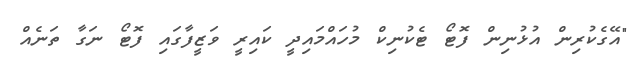
"އޭގެކުރިން އުޅުނިން ފޮޓޯ ޓެކުނިކް މުހައްމައިދީ ކައިރީ ވަޒީފާގައި ފޮޓޯ ނަގާ ތަނެއް